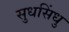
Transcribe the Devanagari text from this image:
सुधसिंधु